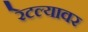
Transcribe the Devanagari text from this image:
रेटल्यावर